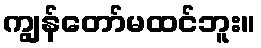
ကျွန်တော်မထင်ဘူး။